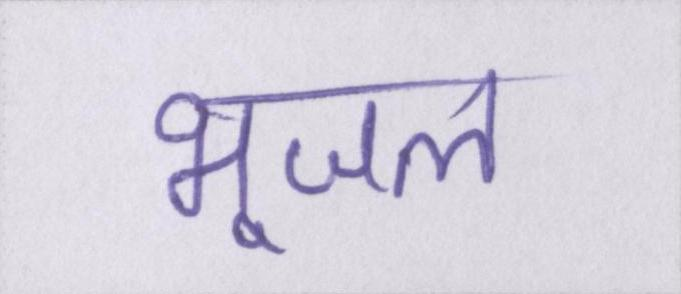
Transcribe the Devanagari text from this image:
भूजल